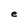
Character: e